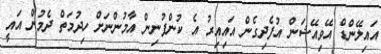
އައިލޭންޑް އޭވިއޭޝަން އުފެދިގެން އައިއިރު އެ ކުންފުނިން އާމުންނަށް ހިދުމަތް ދެމުން އައީ